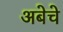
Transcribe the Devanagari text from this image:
अबेचे